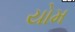
યોમ